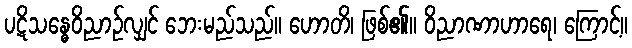
ပဋိသန္ဓေဝိညာဉ်လျှင် ဘေးမည်သည်။ ဟောတိ၊ ဖြစ်၏။ ဝိညာဏာဟာရေ၊ ကြောင့်။